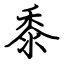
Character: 黍